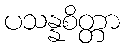
ပသန္နစိတ္တာ